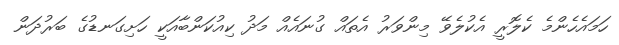
ހަމައެހެންމެ ކެލޮރީ އެކުލެވޭ މިންވަރު އެތައް ގުނައެއް މަދު ކިއުކަންބާއަކީ ހަށިގަނޑުގެ ބަރުދަން